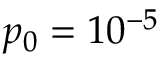
p _ { 0 } = 1 0 ^ { - 5 }